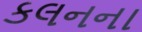
કલનના